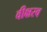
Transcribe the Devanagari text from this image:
वीक्षस्व